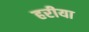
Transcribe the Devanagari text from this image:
हरीया